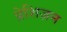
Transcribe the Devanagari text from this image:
प्रेशिज़न